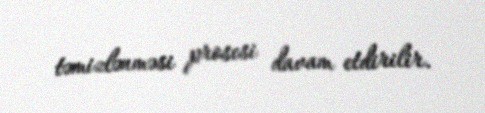
təmizlənməsi prosesi davam etdirilir.